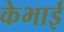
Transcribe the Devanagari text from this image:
केभाई